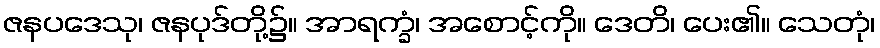
ဇနပဒေသု၊ ဇနပုဒ်တို့၌။ အာရက္ခံ၊ အစောင့်ကို။ ဒေတိ၊ ပေး၏။ သေတုံ၊